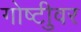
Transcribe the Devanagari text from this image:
गोष्टीुवर